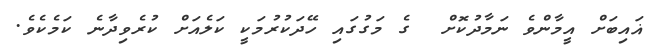
ޣައިބަށް އީމާންވެ ނަމާދުކޮށް  ގެ މަގުގައި ހޭދަކުރުމަކީ ކަލެއަށް ކުރެވިދާނެ ކަމެކެވެ.